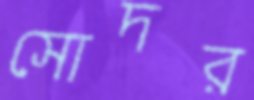
সোদর